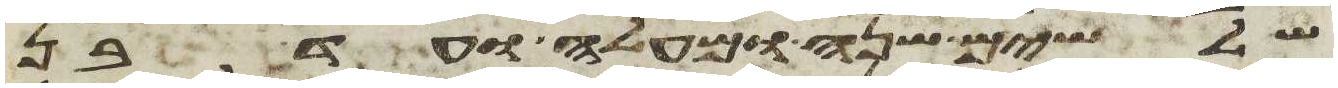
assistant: שלשים שנה ומעלה ועד בן